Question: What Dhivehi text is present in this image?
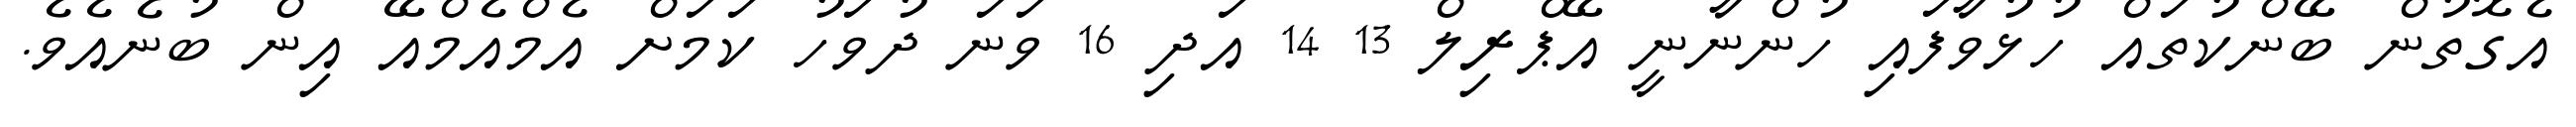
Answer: އެގޮތުން ބޭންކުތައް ހުޅުވާފައި ހުންނާނީ އޭޕްރިލް 13 14 އަދި 16 ވަނަ ދުވަހު ކަމަށް އެމްއެމްއޭ އިން ބުނެއެވެ.